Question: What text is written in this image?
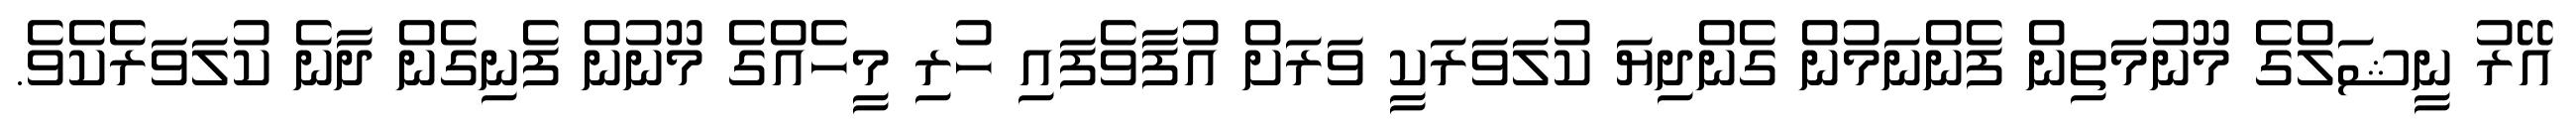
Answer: އޭރު ނީޝަލްގެ މޫނުމަތިން ފެންނަމުން ގެންދިޔަ ކުލަވަރަކީ ވަރަށް އުފާވެފައި ހުރި މީހެއްގެ މޫނުން ފެނިގެން ދާނެ ކުލަވަރެކެވެ.